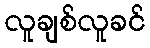
လူချစ်လူခင်